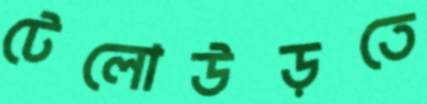
টেলোউড়তে